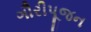
ગૌરીપૂજન